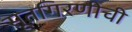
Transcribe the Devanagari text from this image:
सूतगिरणीची